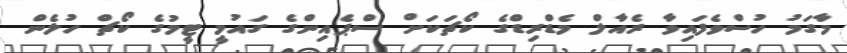
މާގަމު ހުސްވެފައިވާ ރެއާލް މެޑްރިޑްގެ ކޯޗަކަށް ސްޕެއިންގެ ގައުމީ ޓީމުގެ ކޯޗް ހުލެން